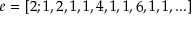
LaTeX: e = [ 2 ; 1 , 2 , 1 , 1 , 4 , 1 , 1 , 6 , 1 , 1 , . . . ]